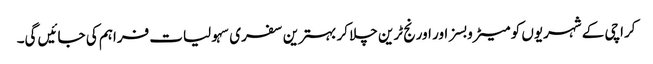
کراچی کے شہریوں کو میٹرو بسز اور اورنج ٹرین چلا کر بہترین سفری سہولیات فراہم کی جائیں گی۔